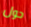
حول